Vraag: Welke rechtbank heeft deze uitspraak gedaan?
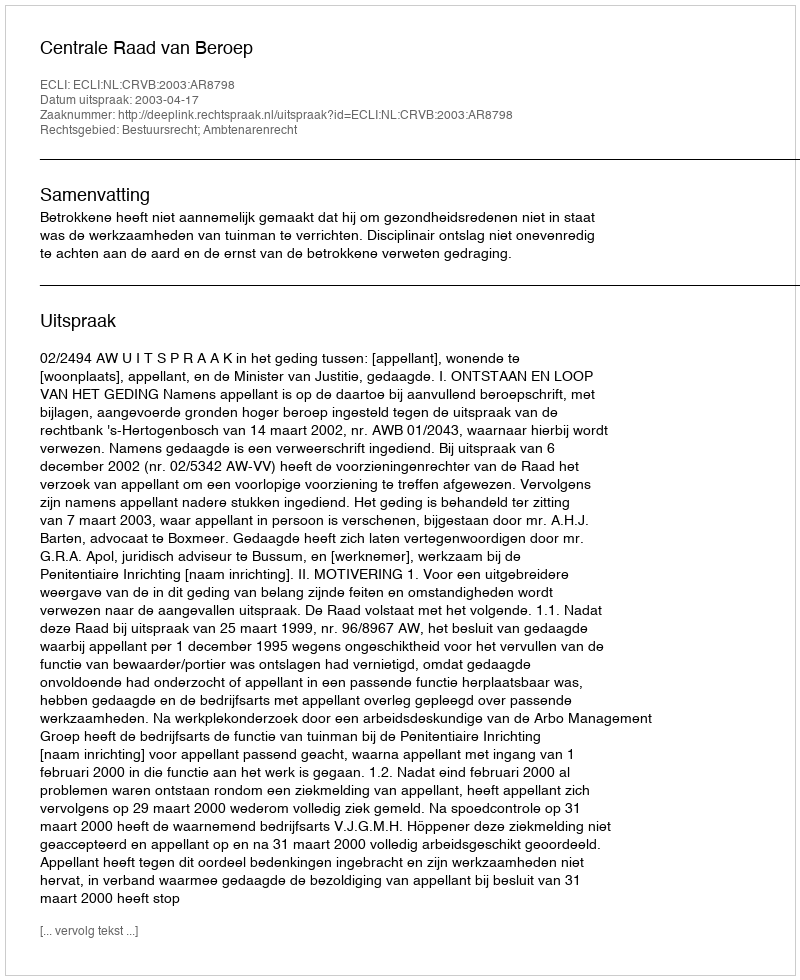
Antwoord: Centrale Raad van Beroep